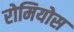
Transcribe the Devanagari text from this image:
रोमियोस